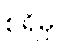
စရိမှ